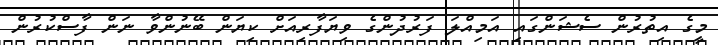
މީގެ އިތުރުން ސެޝަންގައި އަމިއްލަ ފަރުދުންގެ ވިޔަފާރިއަށް ކިޔަން ބޭނުންވާ ނަން ފާސްކުރުން